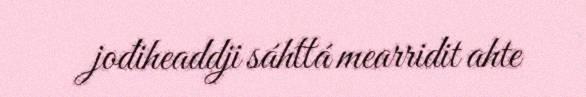
jođiheaddji sáhttá mearridit ahte